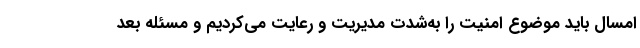
امسال باید موضوع امنیت را به‌شدت مدیریت و رعایت می‌کردیم و مسئله بعد